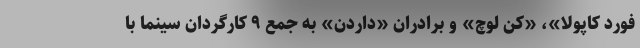
فورد کاپولا»، «کن لوچ» و برادران «داردن» به جمع ۹ کارگردان سینما با